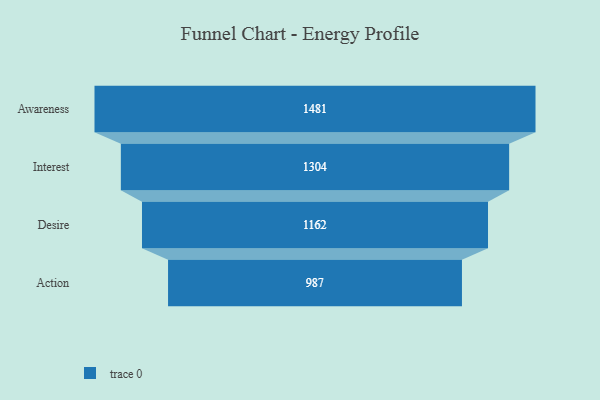
{"axis": {"x": "Stage", "y": "Value"}, "legend": [""], "data": [{"x": "Awareness", "y": 1481.0, "type": ""}, {"x": "Interest", "y": 1304.0, "type": ""}, {"x": "Desire", "y": 1162.0, "type": ""}, {"x": "Action", "y": 987.0, "type": ""}]}